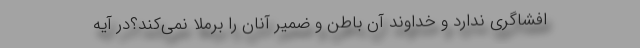
افشاگری ندارد و خداوند آن باطن و ضمیر آنان را برملا نمی‌کند؟در آیه